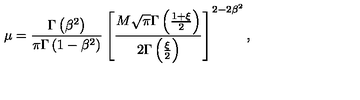
\mu = \frac { \Gamma \left( \beta ^ { 2 } \right) } { \pi \Gamma \left( 1 - \beta ^ { 2 } \right) } \left[ \frac { M \sqrt { \pi } \Gamma \left( \frac { 1 + \xi } { 2 } \right) } { 2 \Gamma \left( \frac { \xi } { 2 } \right) } \right] ^ { 2 - 2 \beta ^ { 2 } } ,